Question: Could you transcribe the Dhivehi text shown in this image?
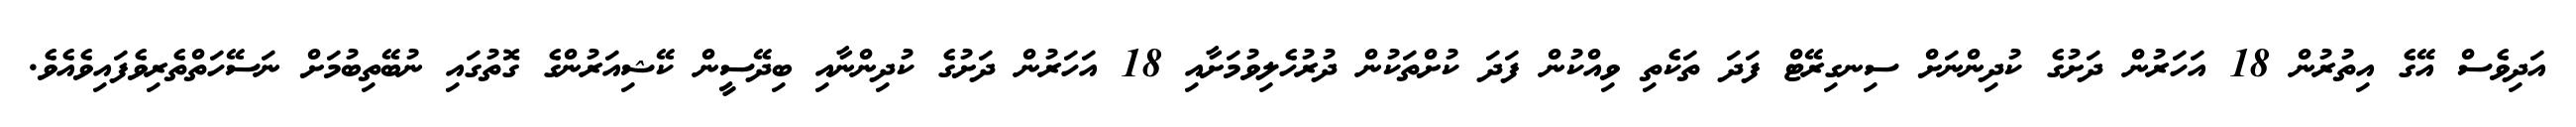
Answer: އަދިވެސް އޭގެ އިތުރުން 18 އަހަރުން ދަށުގެ ކުދިންނަށް ސިނގިރޭޓް ފަދަ ތަކެތި ވިއްކުން ފަދަ ކުށްތަކުން ދުރުހެލިވުމަށާއި 18 އަހަރުން ދަށުގެ ކުދިންނާއި ބިދޭސީން ކޭޝިއަރުންގެ ގޮތުގައި ނުބޭތިބުމަށް ނަސޭހަތްތެރިވެފައިވެއެވެ.